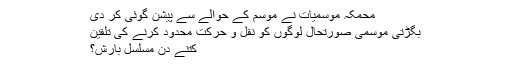
محمکہ موسمیات نے موسم کے حوالے سے پیشن گوئی کر دی
بگڑتی موسمی صورتحال لوگوں کو نقل و حرکت محدود کرنے کی تلقین
کتنے دن مسلسل بارش؟